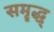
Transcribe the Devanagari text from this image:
समॄद्ध्